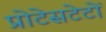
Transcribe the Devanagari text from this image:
प्रोटेसटेटों